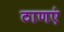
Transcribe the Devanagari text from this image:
ठाणएं